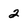
Character: 2